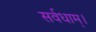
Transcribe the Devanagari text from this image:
सर्वधाम्‌।